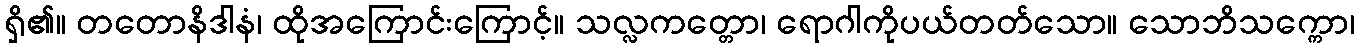
ရှိ၏။ တတောနိဒါနံ၊ ထိုအကြောင်းကြောင့်။ သလ္လကတ္တော၊ ရောဂါကိုပယ်တတ်သော။ သောဘိသက္ကော၊